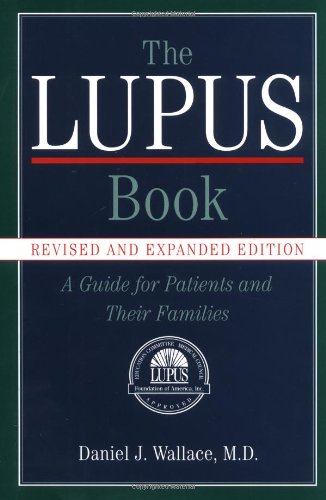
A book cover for The Lupus Book: A Guide for Patients and Their Families; Daniel J. Wallace; Health, Fitness & Dieting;